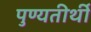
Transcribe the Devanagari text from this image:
पुण्यतीर्थी